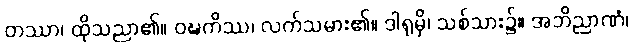
တဿာ၊ ထိုသညာ၏။ ဝဍ္ဎကိဿ၊ လက်သမား၏။ ဒါရုမှိ၊ သစ်သား၌။ အဘိညာဏံ၊